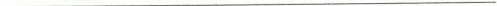
___